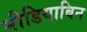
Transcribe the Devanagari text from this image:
मीडियाबिन